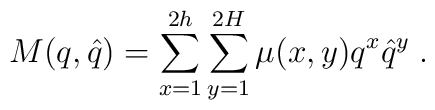
M(q,\hat{q})=\sum_{x=1}^{2h}\sum_{y=1}^{2H}\mu (x,y)q^{x}\hat{q}^{y}\;.